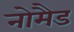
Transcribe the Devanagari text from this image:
नोमैड